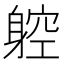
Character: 躻